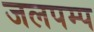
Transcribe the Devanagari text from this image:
जलपम्प